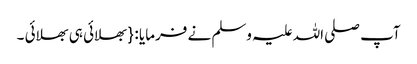
آپ صلی اللہ علیہ وسلم نے فرمایا : { بھلائی ہی بھلائی ۔